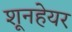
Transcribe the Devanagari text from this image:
शूनहेयर